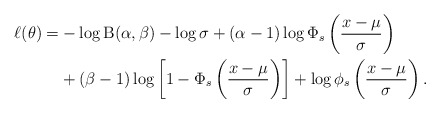
\begin{align*}\ell(\mathbf{\theta})=&-\log \mathrm{B}(\alpha,\beta)-\log\sigma+(\alpha-1)\log\Phi_s\left(\frac{x-\mu}{\sigma}\right)\\&+(\beta-1)\log\left[1-\Phi_s\left(\frac{x-\mu}{\sigma}\right)\right]+\log\phi_s\left(\frac{x-\mu}{\sigma}\right).\end{align*}